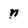
Character: n